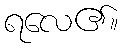
ရလေ၏။